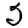
Digit: 5